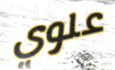
علوي